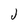
Character: J